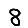
Digit: 8